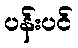
ပန်းပင်